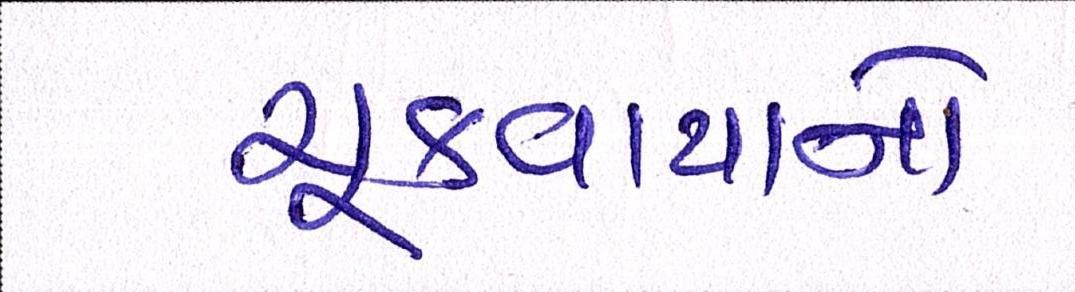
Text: ચૂકવાયાનો